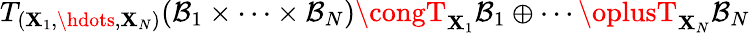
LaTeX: T_{(\mathbf{X}_{1},\hdots,\mathbf{X}_{N})}(\mathcal{{B}}_{1}\times\cdots\times\mathcal{{B}}_{N})\congT_{\mathbf{X}_{1}}\mathcal{{B}}_{1}\oplus\cdots\oplusT_{\mathbf{X}_{N}}\mathcal{{B}}_{N}